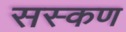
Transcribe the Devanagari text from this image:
सस्कण